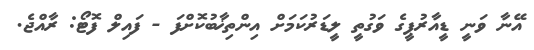
އޭނާ ވަނީ ޑީއާރުޕީގެ ވަގުތީ ލީޑަރުކަމަށް އިންތިޚާބުކޮށްފަ - ފައިލް ފޮޓޯ: ރާއްޖެ.